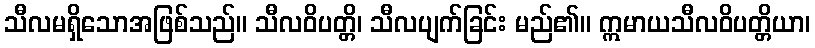
သီလမရှိသောအဖြစ်သည်။ သီလဝိပတ္တိ၊ သီလပျက်ခြင်း မည်၏။ ဣမာယသီလဝိပတ္တိယာ၊